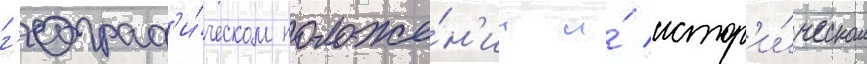
г'еограф'и́ческом положе́н'ии и́ истор'и́ческом